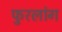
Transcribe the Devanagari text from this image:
फुरलांग